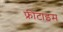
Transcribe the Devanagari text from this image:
फ्रीटाइम